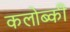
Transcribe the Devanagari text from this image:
कलोब्की